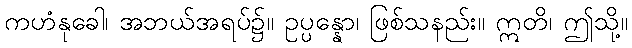
ကဟံနုခေါ၊ အဘယ်အရပ်၌။ ဥပ္ပန္နော၊ ဖြစ်သနည်း။ ဣတိ၊ ဤသို့။